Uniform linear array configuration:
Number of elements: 32
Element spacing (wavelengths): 0.75
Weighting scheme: binomial
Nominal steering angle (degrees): -60
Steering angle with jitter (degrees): -58.913
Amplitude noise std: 0.05
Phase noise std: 0.05

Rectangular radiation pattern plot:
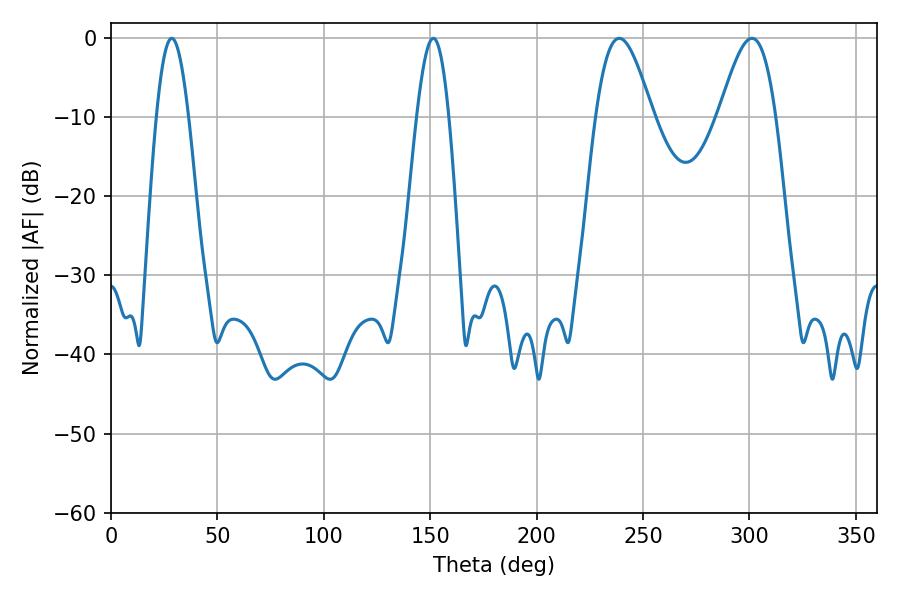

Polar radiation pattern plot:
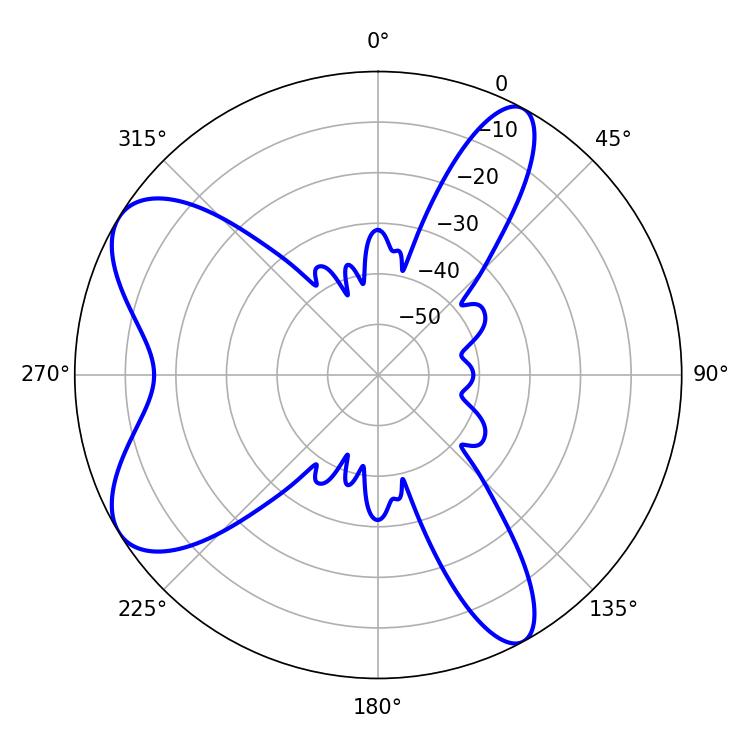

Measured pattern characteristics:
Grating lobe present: TRUE
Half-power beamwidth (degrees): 14.4
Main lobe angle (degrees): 238.86